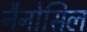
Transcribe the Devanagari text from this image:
नैनोसिल